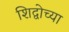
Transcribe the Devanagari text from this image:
शिद्वोच्या